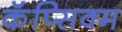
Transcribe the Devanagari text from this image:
कॅप्सिक्म